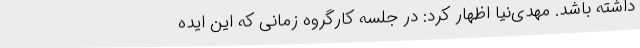
داشته باشد. مهدی‌نیا اظهار کرد: در جلسه کارگروه زمانی که این ایده